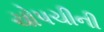
ચોપચીની